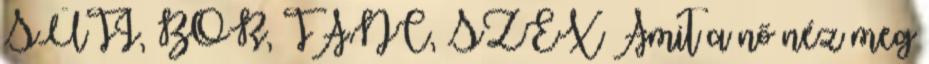
SÜTI, BOR, TÁNC, SZEX Amit a nő néz meg